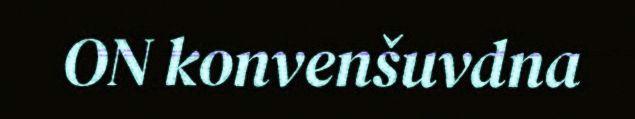
ON konvenšuvdna